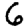
Digit: 6